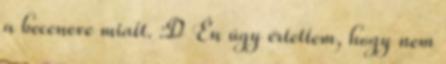
a beceneve miatt. :D Én úgy értettem, hogy nem